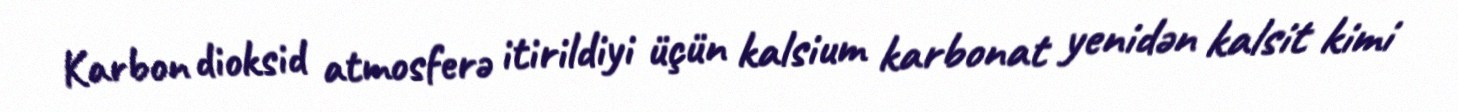
Karbon dioksid atmosferə itirildiyi üçün kalsium karbonat yenidən kalsit kimi